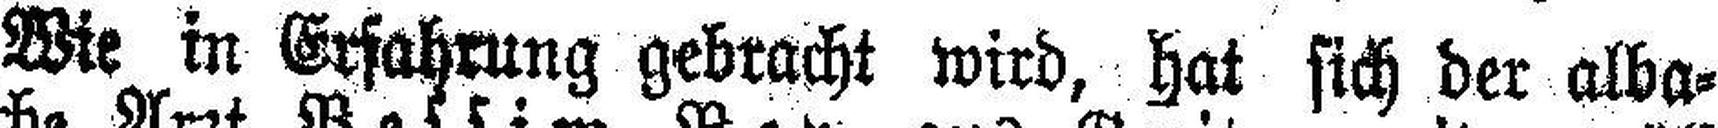
Wie in Erfahrung gebracht wird, hat sich der alba¬